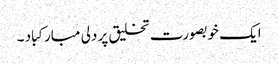
ایک خوبصورت تخلیق پر دلی مبارکباد ۔